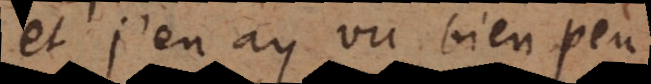
et j’en ay vu bien peu